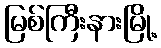
မြစ်ကြီးနားမြို့